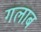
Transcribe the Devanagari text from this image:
गलाब